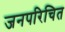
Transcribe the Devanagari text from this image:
जनपरिचित